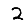
Digit: 2